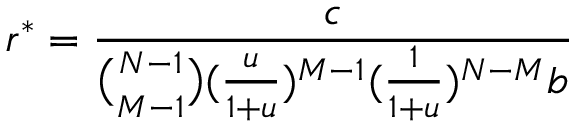
r ^ { * } = \frac { c } { \binom { N - 1 } { M - 1 } ( \frac { u } { 1 + u } ) ^ { M - 1 } ( \frac { 1 } { 1 + u } ) ^ { N - M } b }